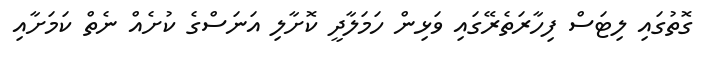
ގޮތުގައި ލިޓަސް ފިހާރަތެރޭގައި ވަޅިން ހަމަލާދީ ކޮށާލި އަނަސްގެ ކުށެއް ނެތް ކަމަށާއި